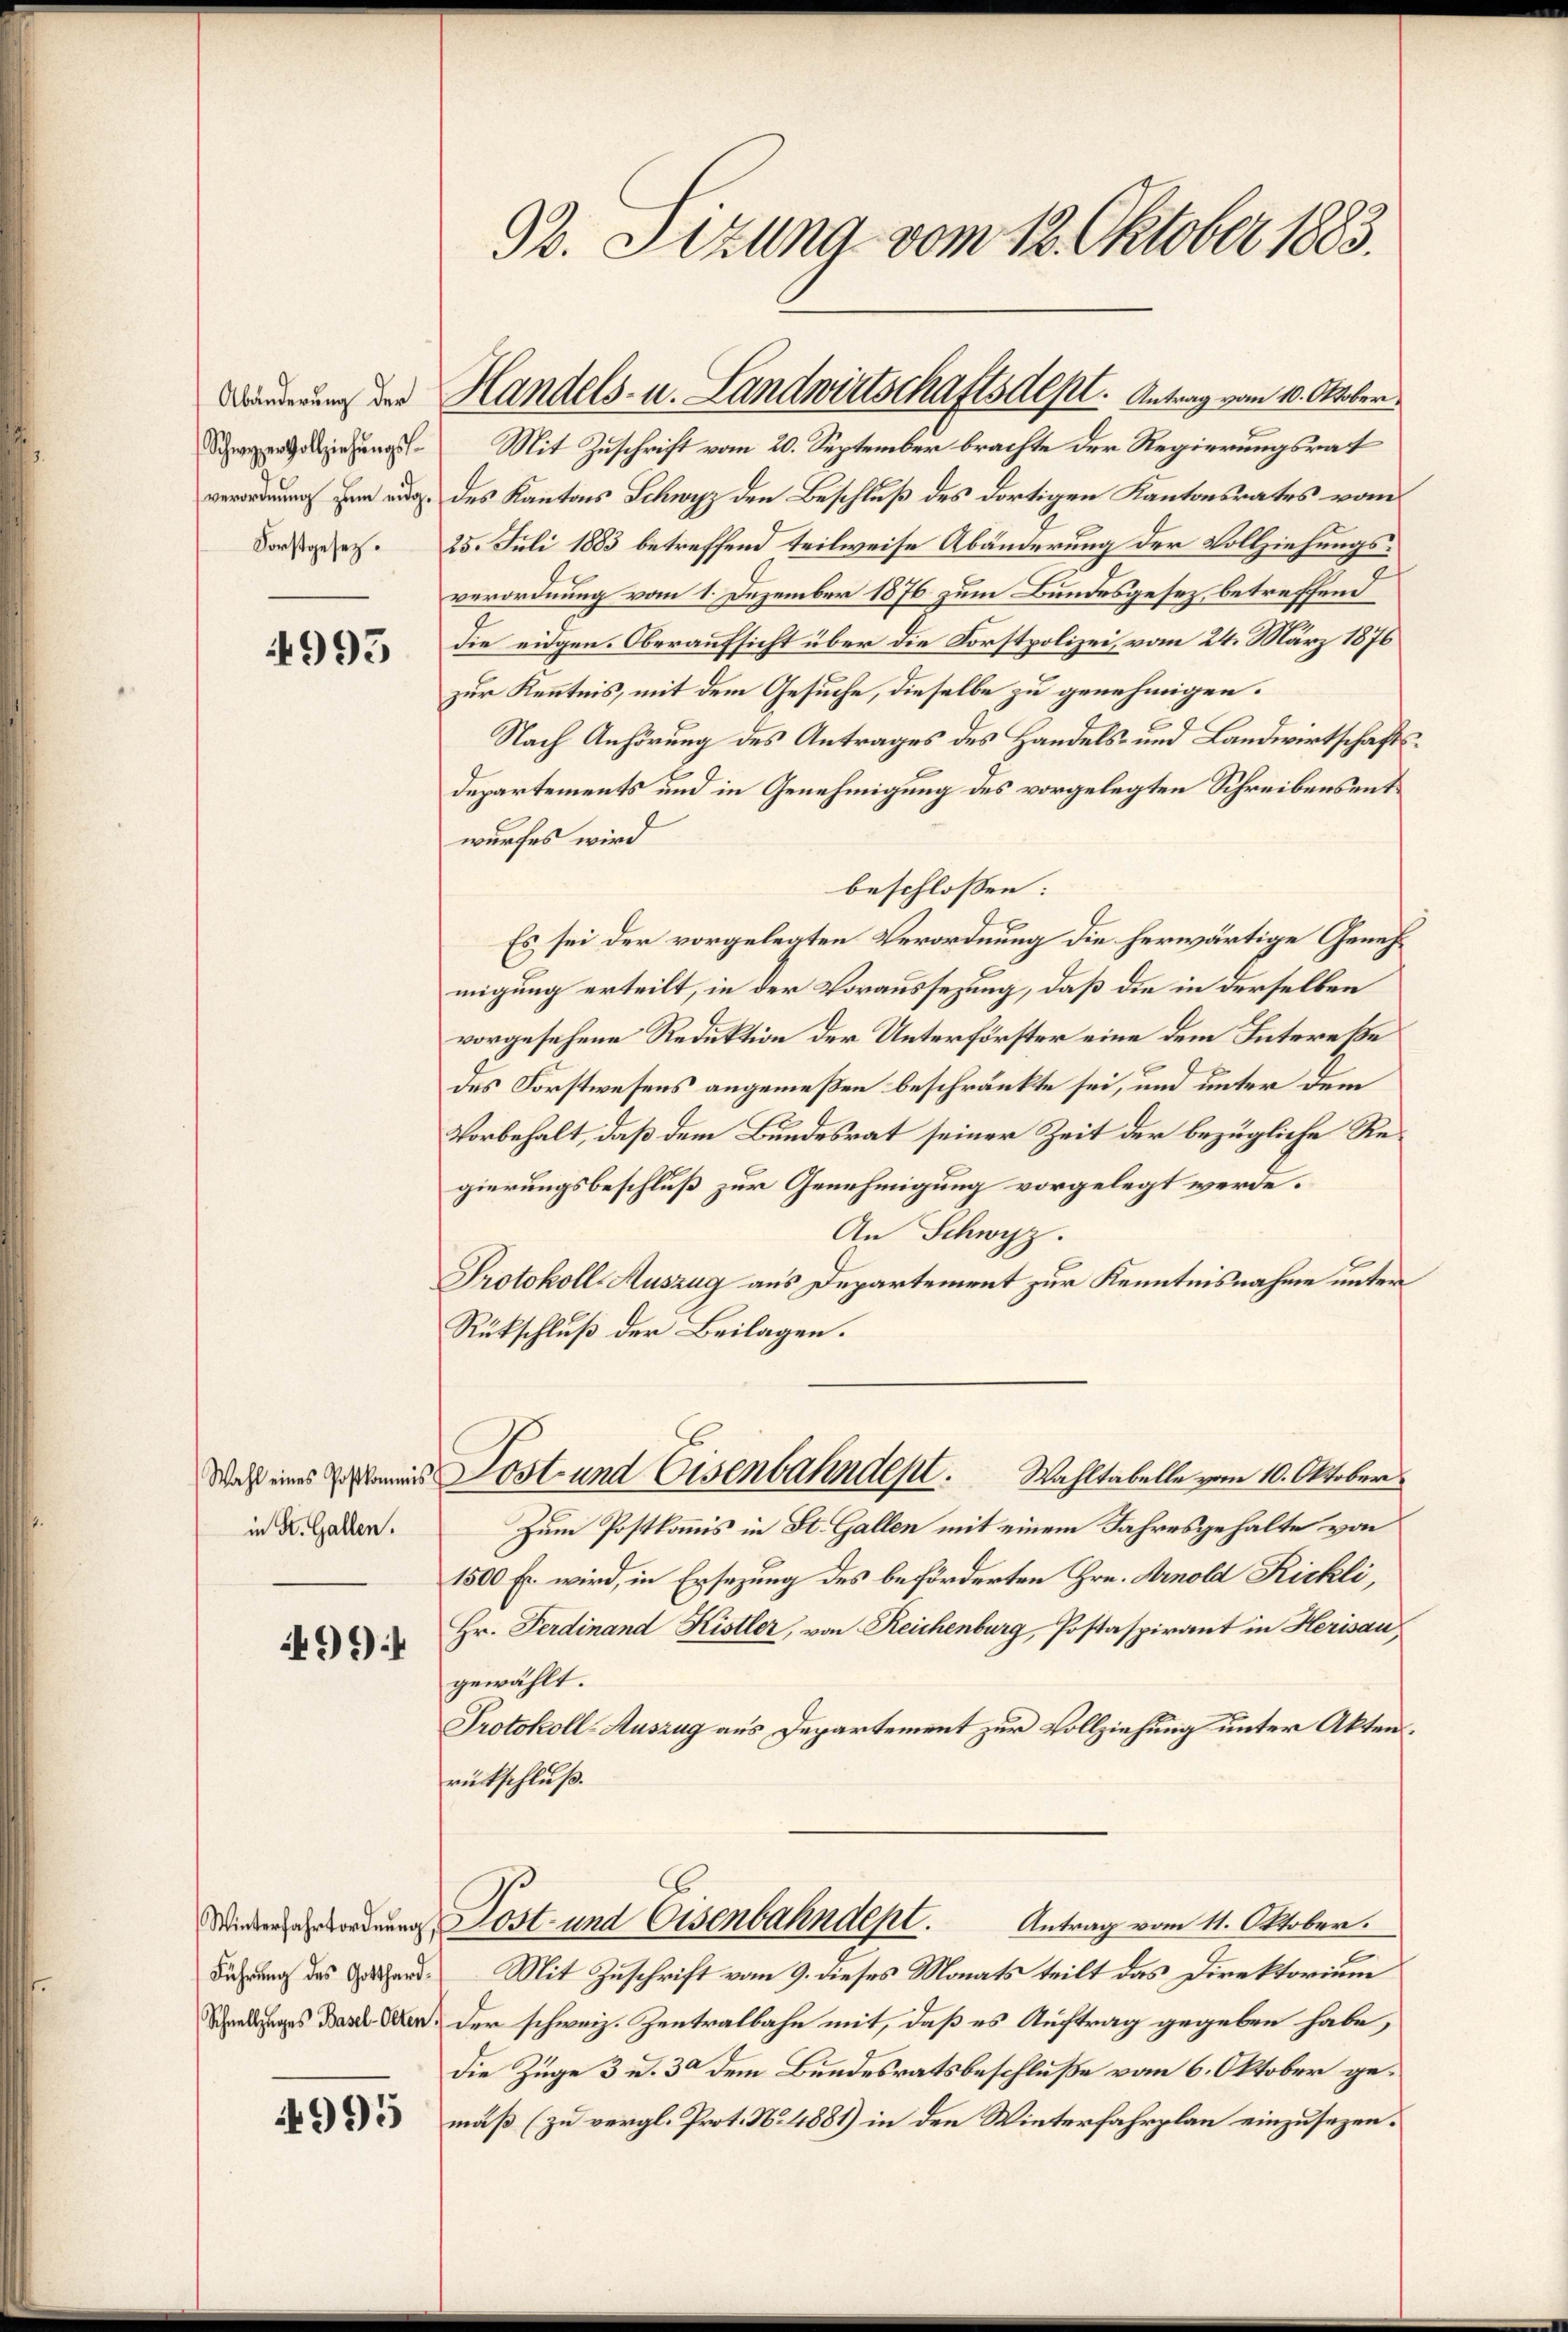
Schwyzer Vollziehŭngss

4995

Wahl eines Postkommis
in St. Gallen.
496

Führung des Gotthard¬

4995

92. Stzung vom 12. Oktober 1883.

Mit Zuschrift vom 20. September brachte der Regierungsrat
verordnung zum Aug. des Kantons Schwyz den Beschluß des dortigen Kantonsrates vom
Dorsgesetz. 25. Juli 1883 betreffend teilweise Abänderung der Vollziehungsverordnung vom 1. Dezember 1876 zum Bundesgesez betreffend
die eidgen. Oberaufsicht über die Forstpolizei, vom 24. März 1876
zur Kenntnis, mit dem Gesuche, dieselbe zu genehmigen.
Nach Anhörung des Antrages des Handels- und Landwirtschafts
Departements und in Genehmigung des vorgelegten Schreibens entwurfes wird
beschlossen:
Es sei der vorgelegten Verordnung die herwärtige Genehmigung erteilt, in der Voraussezung, daß die in derselben
vorgesehene Reduktion der Unterförster eine dem Intereße
des Forstwesens angemeßen beschränkte sei, und unter dem
Vorbehalt, daß dem Bundesrat seiner Zeit der bezügliche Regierungsbeschluß zur Genehmigung vorgelegt werde.
An Schwyz.
Protokoll-Auszug aus Departement zur Kenntnisnahme unter
Rückschluß der Beilagen.
Lost und Eisenbahndept. Wahltabelle vom 10. Oktober
Zum Postkommis in St. Gallen mit einem Jahresgehalte von
1500 Er wird, in Ersezung des beförderten Hrn. Arnold Rickli,
Hr. Ferdinand Kistler, von Reichenburg, Postaspirant in Herisau
gewählt.
Protokoll-Auszug aus Departement zur Vollziehung unter Akten.
rückschluß.
Widerordnung Lost und Eisenbahndept.
Antrag vom 11. Oktober.
Mit Zuschrift vom 9. dieses Monats teilt das Direktorium
Schanksages das Aber der schweiz. Zentralbahn mit, daß es Auftrag gegeben habe,
Die Züge 3 u. 30 dem Bundesratsbeschluße vom 6. Oktober gemäß (zu vergl. Prot. No. 4881) in den Winterfahrplan einzusezen.

Forderung der Handels- u. Landwirtschaftsdept. Antrag vom 10. Oktober.